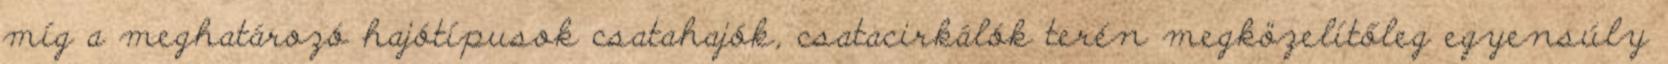
míg a meghatározó hajótípusok csatahajók, csatacirkálók terén megközelítőleg egyensúly